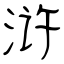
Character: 浒